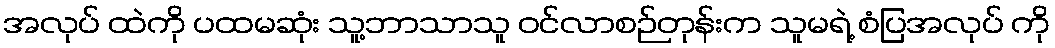
အလုပ် ထဲကို ပထမဆုံး သူ့ဘာသာသူ ဝင်လာစဉ်တုန်းက သူမရဲ့ စံပြအလုပ် ကို